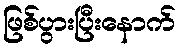
ဖြစ်ပွားပြီးနောက်